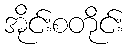
အိုင်းစတိုင်း